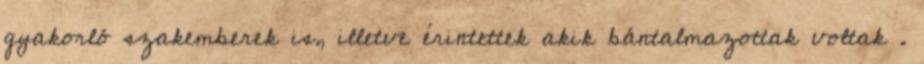
gyakorló szakemberek is, illetve érintettek akik bántalmazottak voltak .